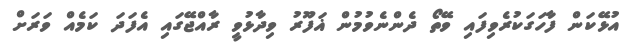
އުޅޭކަން ފާހަގަކުރެވިފައި ވޭތޯ ދެންނެވުމުން ޣަފޫރު ވިދާޅުވީ ރާއްޖޭގައި އެފަދަ ކަމެއް ވަރަށް